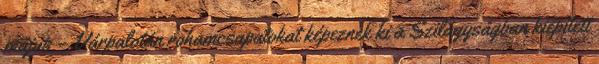
május – Várpalotán rohamcsapatokat képeznek ki a Szilágyságban kiépített